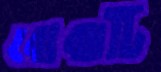
বোঝাটি